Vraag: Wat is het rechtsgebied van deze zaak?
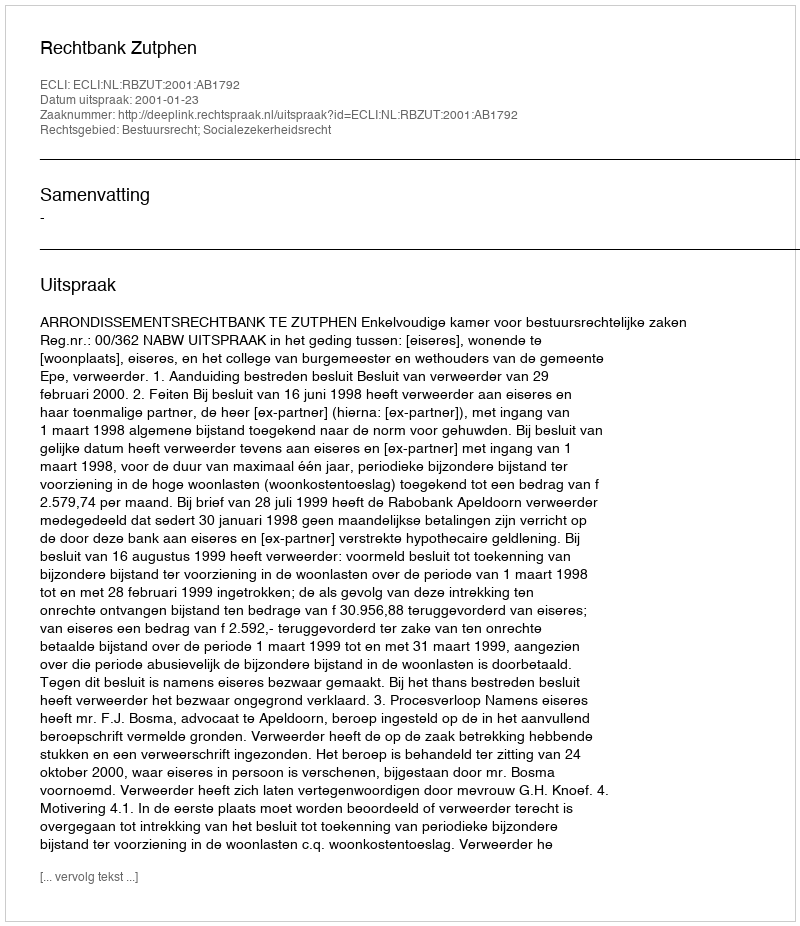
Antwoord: Bestuursrecht; Socialezekerheidsrecht